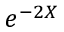
e ^ { - 2 { X } } \quad